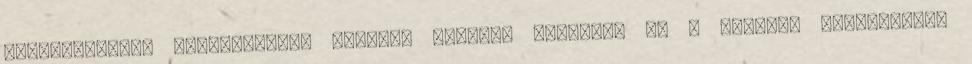
partraszállás Észak-Afrika nyugati részén. november 9. A németek hídfõállást